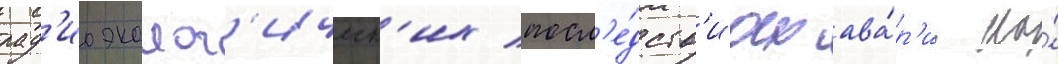
рад'иоэколог'ическ'их посл'е́дств'иах ава́р'ии на́